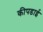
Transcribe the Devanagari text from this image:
कीपडाई